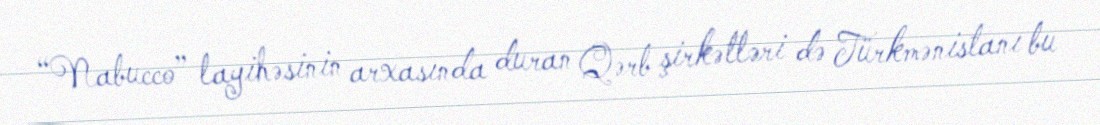
“Nabucco” layihəsinin arxasında duran Qərb şirkətləri də Türkmənistanı bu